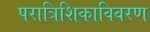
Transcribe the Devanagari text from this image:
परात्रिशिकाविवरण